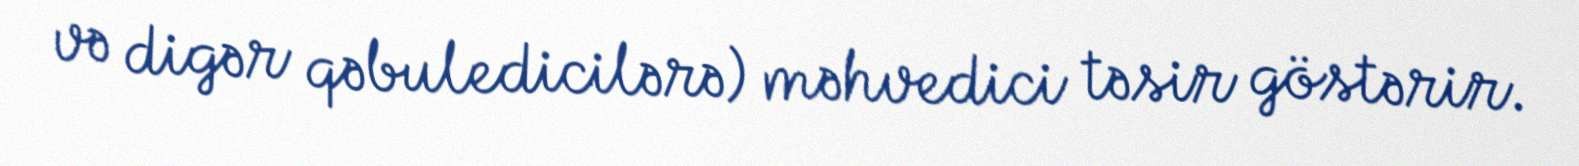
və digər qəbuledicilərə) məhvedici təsir göstərir.